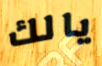
يالك